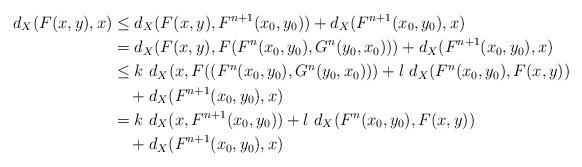
LaTeX: \begin{align*}d_X(F(x,y),x)&\leq d_X(F(x,y),F^{n+1}(x_0,y_0))+ d_X(F^{n+1}(x_0,y_0),x)\\&= d_X(F(x,y),F(F^n(x_0,y_0),G^n(y_0,x_0)))+ d_X(F^{n+1}(x_0,y_0),x)\\&\leq k\ d_X(x,F((F^n(x_0,y_0),G^n(y_0,x_0)))+ l\ d_X(F^n(x_0,y_0),F(x,y))\\&\ \ \ + d_X(F^{n+1}(x_0,y_0),x)\\&= k\ d_X(x,F^{n+1}(x_0,y_0))+ l\ d_X(F^n(x_0,y_0),F(x,y))\\&\ \ \ + d_X(F^{n+1}(x_0,y_0),x)\end{align*}